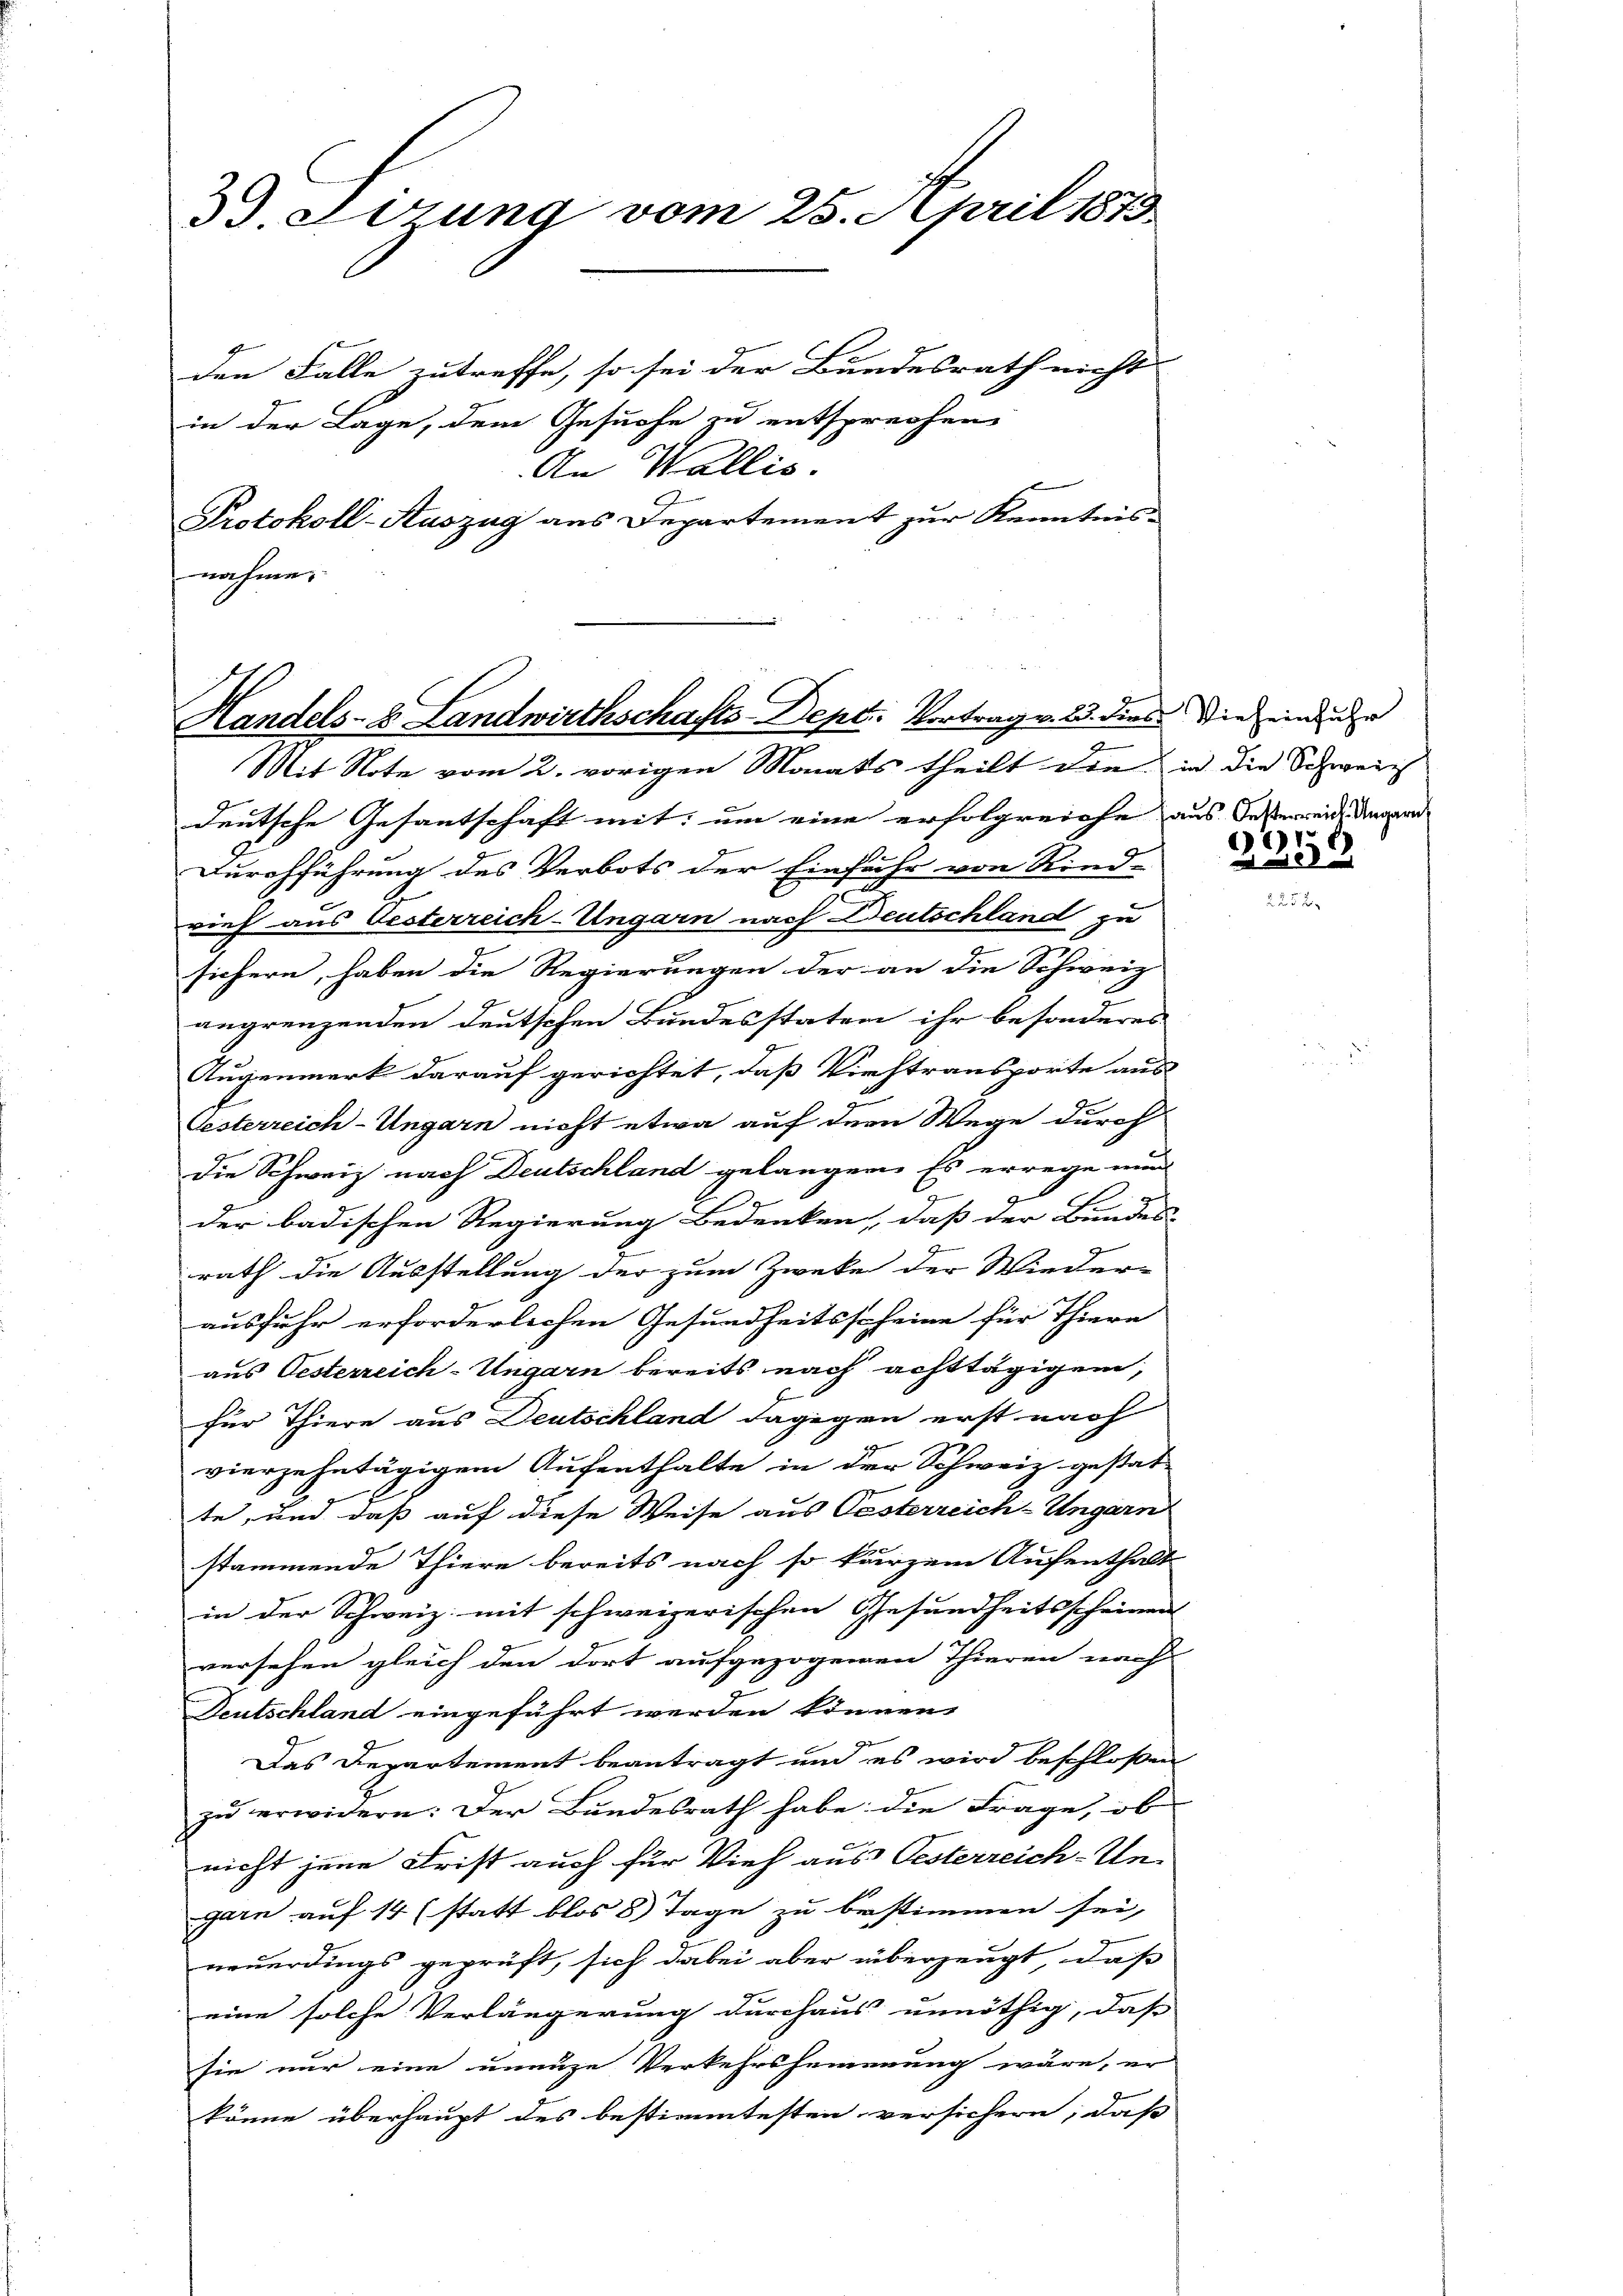
3. errung vom 25. April 1873.
den Falle zutreffe, so sei der Bundesrath nicht
in der Lage, dem Gesuche zu entsprechen

An Wallis.
Protokoll-Auszug aus Departement zur Kenntnis-
nahme.

Handels- & Landwirthschafts-Dept. Vortrag v. 23. dies die eine de
Mit Note vom 2. vorigen Monats theilt die in die Schweiz

deutsche Gesantschaft mit, um eine erfolgreiche aus deseit dienen
Durchführung des Verbots der Einfuhr von Rind-
rief aus Oesterreich-Ungarn nach Deutschland zu
sichern, haben die Regierungen der an die Schweiz
.
angrenzenden deutschen Bundesstaten ihr besonderes
Augenmerk darauf gerichtet, daß Viehtransporte aus
Gesterreich-Ungarn nicht etwa auf dem Wege durch
die Schweiz nach Deutschland gelangen. Es errege und
der badischen Regierung Bedenken, daß der Bundes-
rath die Ausstellung der zum Zweke der Wieder-
ausfuhr erforderlichen Gesundheitsscheine für Thiere
aus Oesterreich-Ungarn bereits nach achttägigen,
für Thiere aus Deutschland dagegen erst nach
vierzehntägigem Aufenthalte in der Schweiz gestat
te, und daß auf diese Weise aus Oesterreich-Ungarn
stammende Thiere bereits nach so kurzem Aufenthalt
in der Schweiz mit schweizerischen Gesundheitsscheinen
versehen gleich den dort aufgezogenen Thieren nach
Deutschland eingeführt werden können,
Das Departement beantragt und es wird beschloßen
zu erwidern: Der Bundesrath habe die Frage, ob
nicht jene Frist auch für Vieh aus Oesterreich-Ungarn auf 14 (statt blos 8 Tage zu bestimmen sei,
neuerdings geprüft, sich dabei aber überzeugt, daß
eine solche Verlängerung durchaus unnöthig, daß
sie nur eine unenze Verkehrshemmmung wäre, er
könne überhaupt des bestimmtesten versichern, daß

15
ser